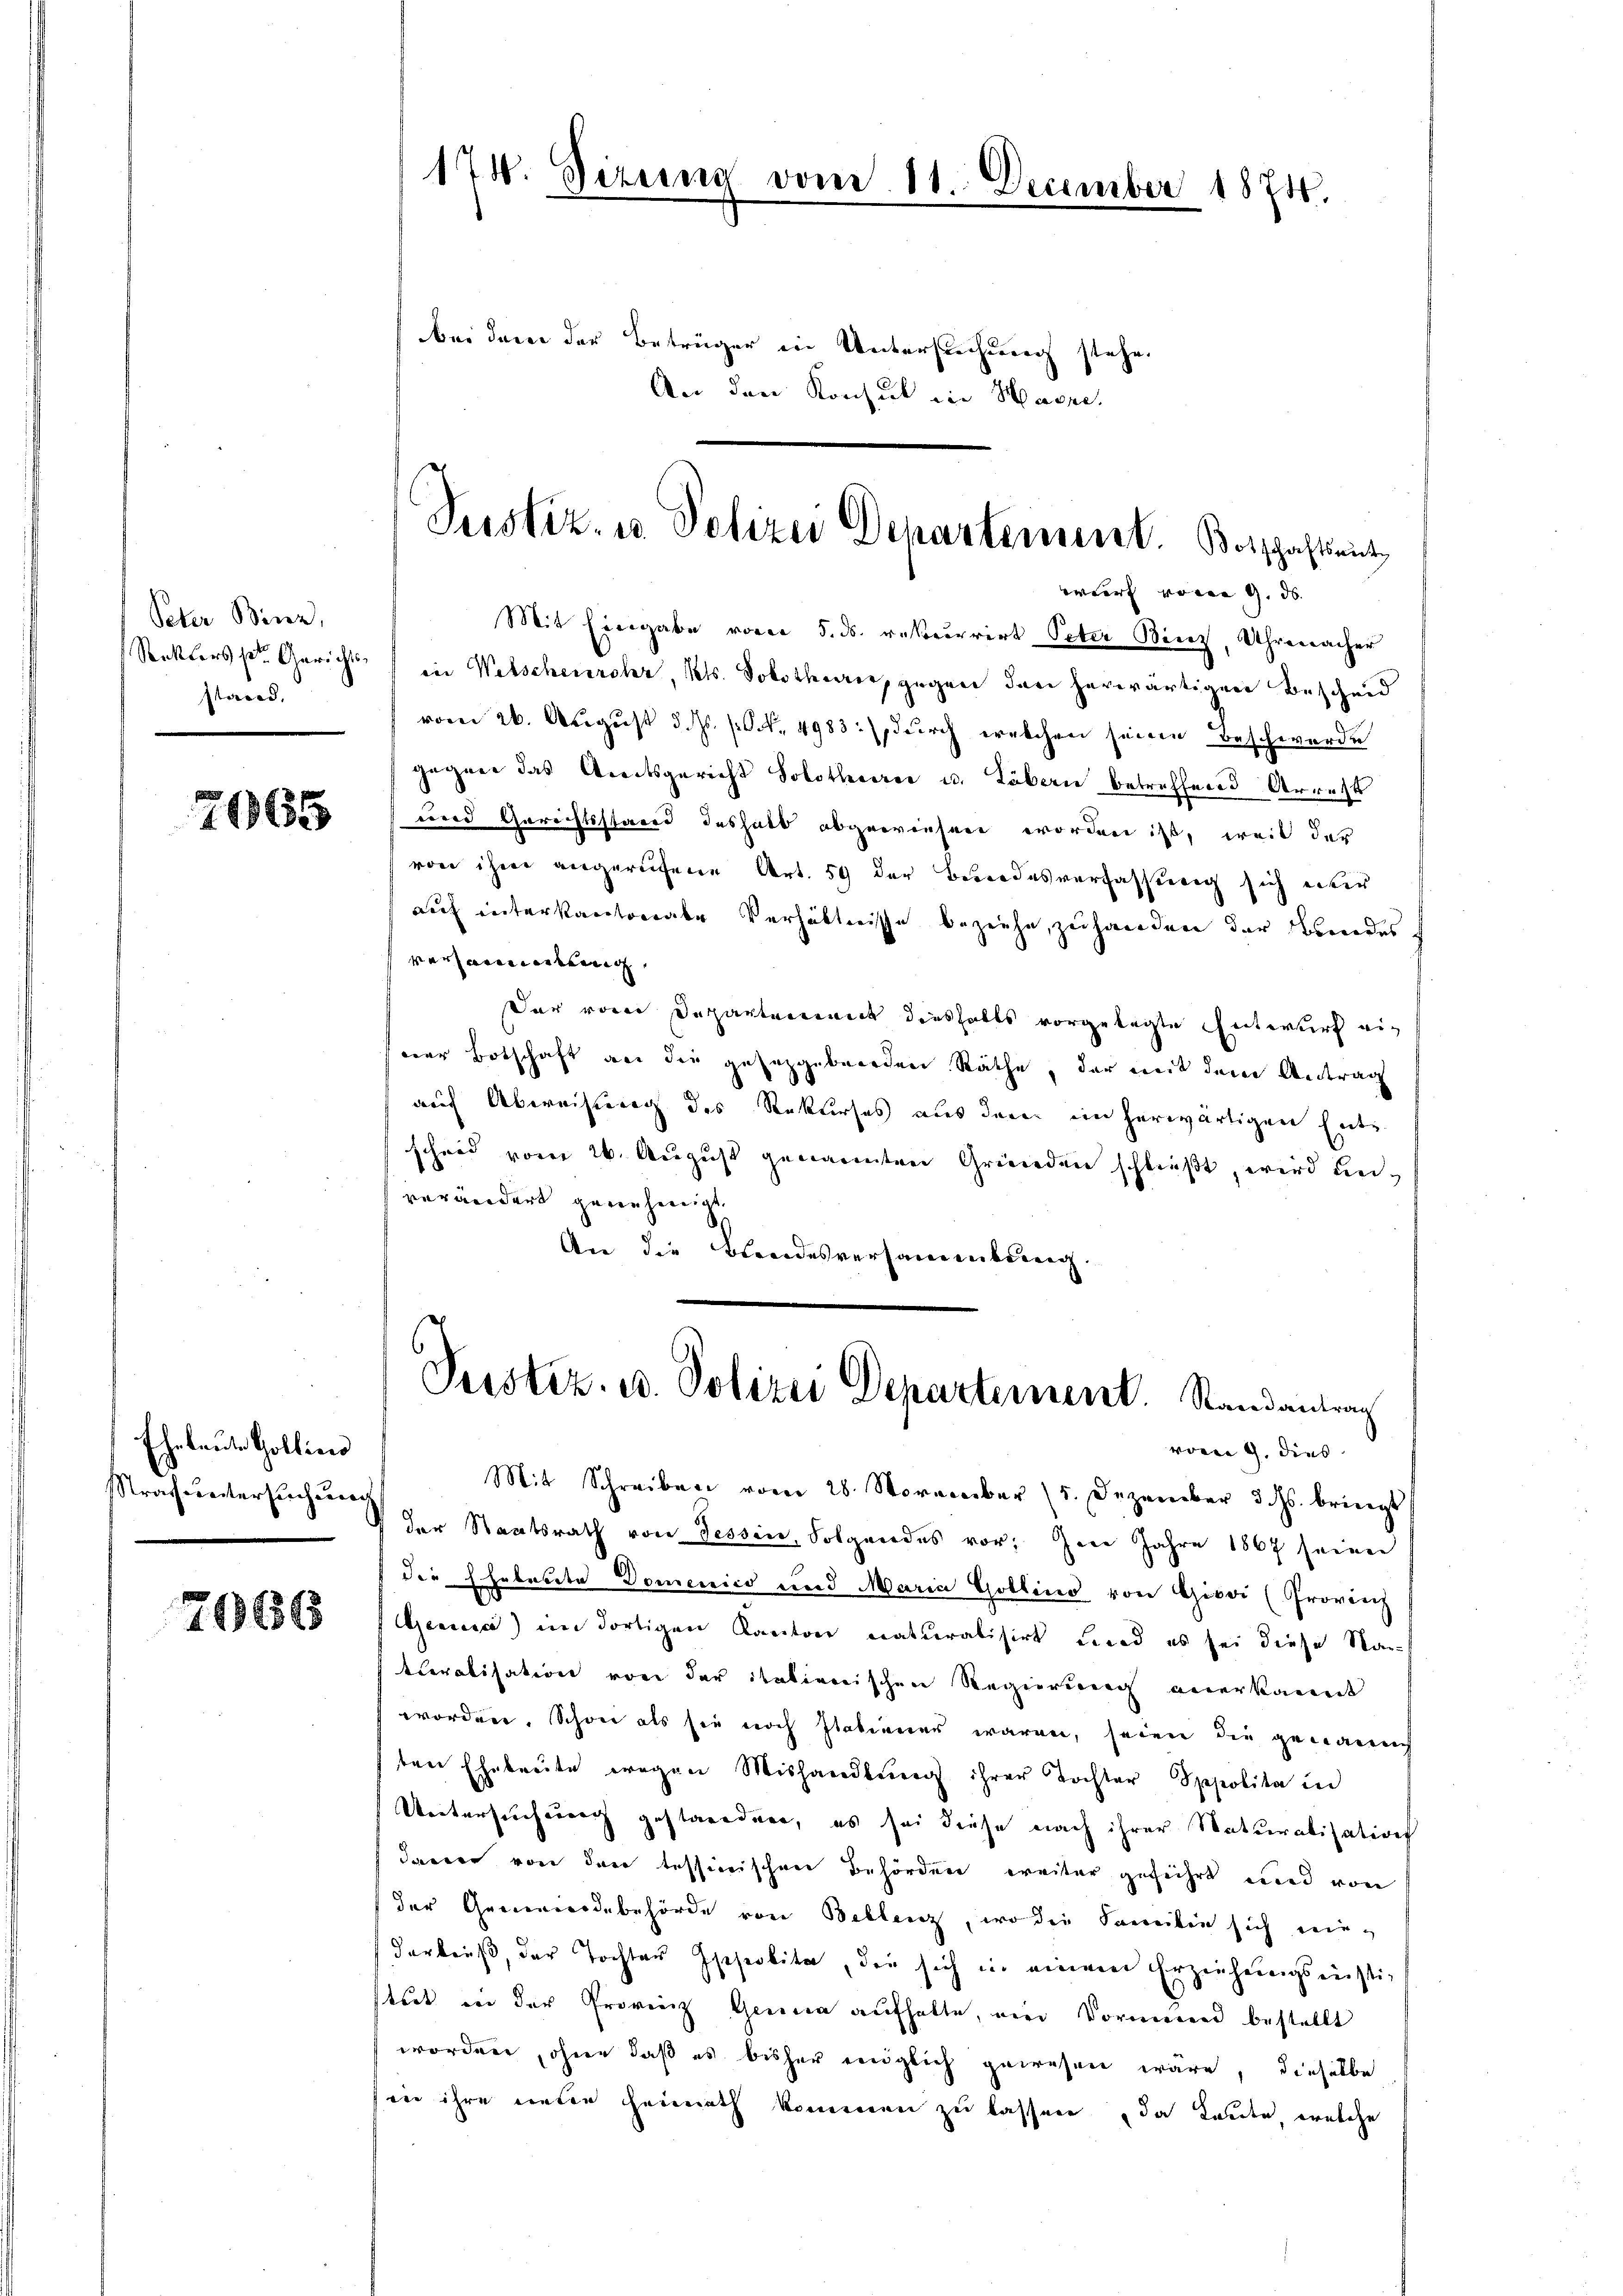
Peter Binz,
Seektors der Gerichts
stand.

71965

Eheleute Kollinis
rach untersuchung

79663

174. Dirun

vom 11 December 1874.

bei dem der Betrüger in Untersuchung stehe.
.
u den Konsul in Haere.

Justiz- u. Polizei Departement. Botschaftseit
wurf von 9. d.

Mit Eingabe vom 5. ds. rekurrirt Peter Binz, Uhrmacher
in Welschenrohr, Kts. Solothurn, gegen den herwärtigen Bescheid
vom 26. August d. Js. p. N. 4983.) durch welchen seine Beschwerde
gegen das Amtsgericht Solothurer u. Löbern betreffend Arrest
und Gerichtsstand deshalb abgewiesen worden ist, weil der
von ihm angerufene Art. 59 der Bundesverfassung sich unter
auf interkantonale Verhältnisse beziehe, zuhanden der Bundes
versammenkung
Der von Departenwert diesfalls vorgelegte Entwurf einer Botschaft an die gesezgebenden Räthe, der mit dem Antrag
auf Abweistung des Rekurses aus der im herwärtigen Ente
scheid vom 26. August genannten Gründen schließt, wird unverändert genehmigt
An die Brandesversammlung
Pustiz, u. Polizei Departement. Randantrag
vom 4. dies
Mit Schreiben vom 28. November (5. Dezember d. Js. bringt
der Staatsrath von Tessin, Folgendes vor; sie Jahre 1867 seien
die Eheleute Domenico und Maria Gollino von Giboi (Provinz
Gemein) im dortigen Kanton naturalisirt und es sei diese Nac
turalisation vore der italienischen Regierung anerkannt
worden. Schon als sie noch Italiener waren, seien die genannt
ten Eheleute wegen Mishandlung ihrer Tochter Spepolita in
Untersuchung gestaredner, es sei diese nach ihrer Naturalisation
dauer von der tessierischen Behörden weiter geführt und von
der Gemeindebehörde von Bellenz, wo die Familie sich niedarbeiß, der Tochter Iseseobita, die sich in einem Erziehungsinstittet in der Provinz Genua aufhalte, ein Vormund bestellt
worden, ohne daß es bisher möglich gewesen wäre, dieselbe
in ihre unter Heimath kommen zu lassen, da laute, welche